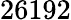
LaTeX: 26192